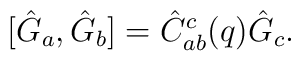
[\hat G_a,\hat G_b]=\hat C_{ab}^c(q) \hat G_c.